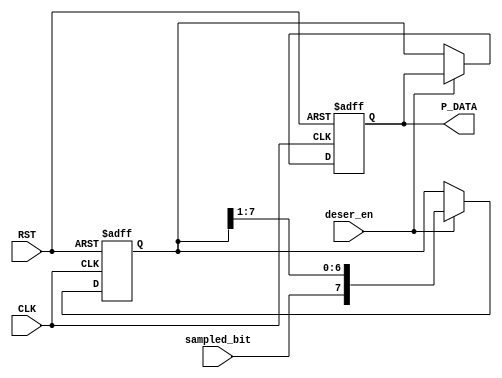

module deserializer #(
	parameter DATA_WIDTH = 8  // default value 
	)

	(
	input		wire							CLK,
	input		wire							RST,
	input		wire							sampled_bit,
	input		wire							deser_en,
	output		reg  	[DATA_WIDTH-1:0]		P_DATA
	);


//shift register
reg 	[DATA_WIDTH-1:0]	 Shift_Register;


always @(posedge CLK or negedge RST) begin
	if (!RST) begin
		// reset
		P_DATA				<=		'b0;	
		Shift_Register		<=		'b0;
	end
	else if(deser_en) begin
		//	Shift_Register	<= 	{Shift_Register[DATA_WIDTH-2:0],sampled_bit};
			
		Shift_Register <= {sampled_bit,Shift_Register[7:1]};
	end
	
	else begin
		P_DATA			<=		Shift_Register;
	end

end





endmodule